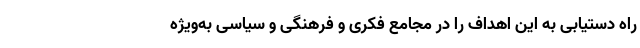
راه دستیابی به این اهداف را در مجامع فکری و فرهنگی و سیاسی به‌ویژه